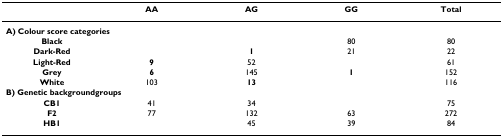
<table><thead><tr><td></td><td><b>AA</b></td><td><b>AG</b></td><td><b>GG</b></td><td><b>Total</b></td></tr></thead><tbody><tr><td colspan="5"><b>A) Colour score categories</b></td></tr><tr><td><b>Black</b></td><td></td><td></td><td>80</td><td>80</td></tr><tr><td><b>Dark-Red</b></td><td></td><td><b>1</b></td><td>21</td><td>22</td></tr><tr><td><b>Light-Red</b></td><td><b>9</b></td><td>52</td><td></td><td>61</td></tr><tr><td><b>Grey</b></td><td><b>6</b></td><td>145</td><td><b>1</b></td><td>152</td></tr><tr><td><b>White</b></td><td>103</td><td><b>13</b></td><td></td><td>116</td></tr><tr><td colspan="5"><b>B) Genetic backgroundgroups</b></td></tr><tr><td><b>CB1</b></td><td>41</td><td>34</td><td></td><td>75</td></tr><tr><td><b>F2</b></td><td>77</td><td>132</td><td>63</td><td>272</td></tr><tr><td><b>HB1</b></td><td></td><td>45</td><td>39</td><td>84</td></tr></tbody></table>